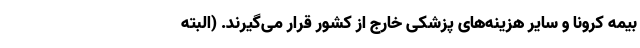
بیمه کرونا و سایر هزینه‌های پزشکی خارج از کشور قرار می‌گیرند. (البته